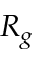
R _ { g }